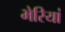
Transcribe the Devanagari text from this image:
भेरियां